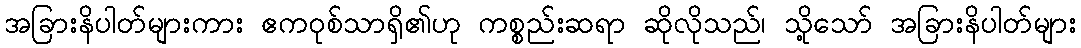
အခြားနိပါတ်များကား ဧကဝုစ်သာရှိ၏ဟု ကစ္စည်းဆရာ ဆိုလိုသည်၊ သို့သော် အခြားနိပါတ်များ